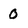
Character: 0